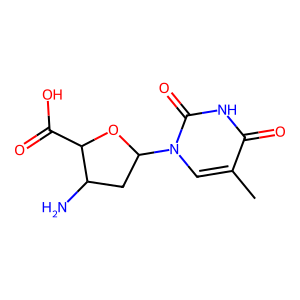
SMILES: Cc1cn(C2CC(N)C(C(=O)O)O2)c(=O)[nH]c1=O
Inhibits HIV replication: No